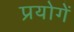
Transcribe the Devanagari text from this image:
प्रयोगें